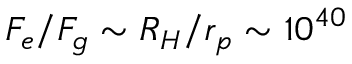
F _ { e } / F _ { g } \sim R _ { H } / r _ { p } \sim 1 0 ^ { 4 0 }